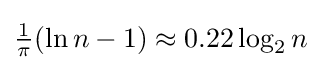
{\textstyle {\frac {1}{\pi }}(\ln n-1)\approx 0.22\log _{2}n}